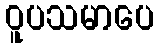
ဝူပသမာပေ